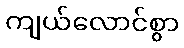
ကျယ်လောင်စွာ